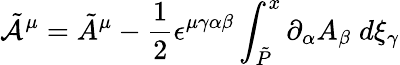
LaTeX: \tilde{{\cal A}}^{\mu}=\tilde{A}^{\mu}-\frac{1}{2}\epsilon^{\mu\gamma\alpha\beta}\int_{\tilde{P}}^{x}\partial_{\alpha}A_{\beta}\; d\xi_{\gamma}